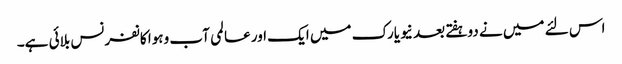
اس لئے میں نے دوہفتے بعد نیویارک میں ایک اور عالمی آب وہوا کانفرنس بلائی ہے۔